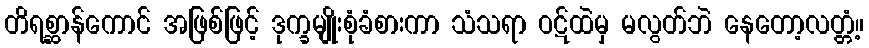
တိရစ္ဆာန်ကောင် အဖြစ်ဖြင့် ဒုက္ခမျိုးစုံခံစားကာ သံသရာ ဝဋ်ထဲမှ မလွတ်ဘဲ နေတော့လတ္တံ့။